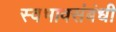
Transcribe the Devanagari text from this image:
स्वभावसंबंधी